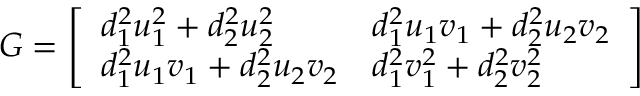
G = \left[ \begin{array} { l l } { d _ { 1 } ^ { 2 } u _ { 1 } ^ { 2 } + d _ { 2 } ^ { 2 } u _ { 2 } ^ { 2 } } & { d _ { 1 } ^ { 2 } u _ { 1 } v _ { 1 } + d _ { 2 } ^ { 2 } u _ { 2 } v _ { 2 } } \\ { d _ { 1 } ^ { 2 } u _ { 1 } v _ { 1 } + d _ { 2 } ^ { 2 } u _ { 2 } v _ { 2 } } & { d _ { 1 } ^ { 2 } v _ { 1 } ^ { 2 } + d _ { 2 } ^ { 2 } v _ { 2 } ^ { 2 } } \end{array} \right]